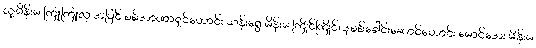
သူ့မိန်းမ ကြူကြူလှ အပြင် စစ်အာဏာရှင်ဟောင်း သန်းရွှေ မိန်းမ ကြိုင်ကြိုင်၊ ဒုစစ်ခေါင်းဆောင်ဟောင်း မောင်အေး မိန်းမ